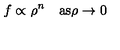
f \propto \rho ^ { n } \quad \mathrm { a s } \rho \rightarrow 0